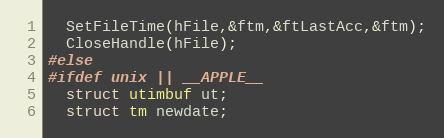
Language: C
  SetFileTime(hFile,&ftm,&ftLastAcc,&ftm);
  CloseHandle(hFile);
#else
#ifdef unix || __APPLE__
  struct utimbuf ut;
  struct tm newdate;